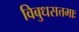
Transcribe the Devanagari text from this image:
विबुधसत्तमाः